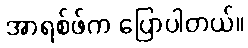
အာရစ်ဖ်က ပြောပါတယ်။